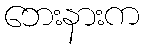
ဘေးနားက